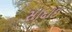
સાદાઇ